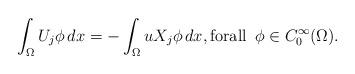
LaTeX: \begin{align*}\int_{\Omega }U_{j}\phi \,dx=-\int_{\Omega }uX_{j}\phi \,dx,\text{forall }\,\phi \in C_{0}^{\infty }(\Omega ). \end{align*}